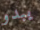
يبدو